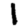
Digit: 1